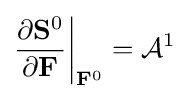
{\frac {\partial {\bf {S}}^{0}}{\partial {\bf {F}}}}{\bigg |}_{{\bf {F}}^{0}}={\mathcal {A}}^{1}